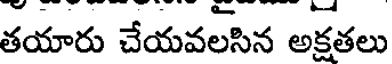
తయారు చేయవలసిన అక్షతలు